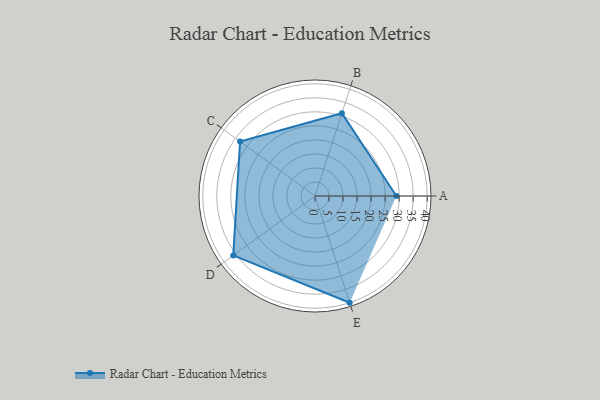
{"axis": {"x": "Skill", "y": "Score"}, "legend": ["Profile"], "data": [{"x": "A", "y": 29.0, "type": "Profile"}, {"x": "B", "y": 31.0, "type": "Profile"}, {"x": "C", "y": 33.0, "type": "Profile"}, {"x": "D", "y": 36.0, "type": "Profile"}, {"x": "E", "y": 40.0, "type": "Profile"}]}